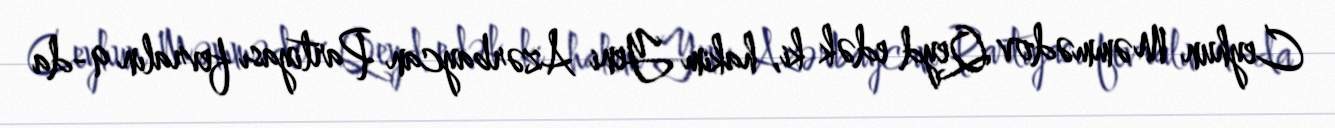
Ceyhun Məmmədov Qeyd edək ki, hakim Yeni Azərbaycan Partiyası fevralın 9-da